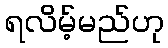
ရလိမ့်မည်ဟု